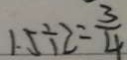
1 . 5 \div 2 = \frac { 3 } { 4 }